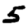
Digit: 5